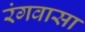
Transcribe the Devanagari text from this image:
रंगवासा